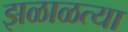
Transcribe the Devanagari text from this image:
झळाळत्या